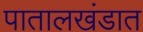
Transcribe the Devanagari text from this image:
पातालखंडात